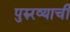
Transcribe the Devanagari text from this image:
पुरुरव्याची